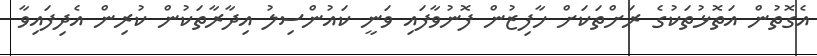
އެގޮތުން އަތޮޅުތަކުގެ ރަށްތަކަށް ހާފިޒުން ފޮނުވާފައި ވަނީ ކައުންސިލު އިދާރާތަކުން ކުރިން އެދިފައިވާ